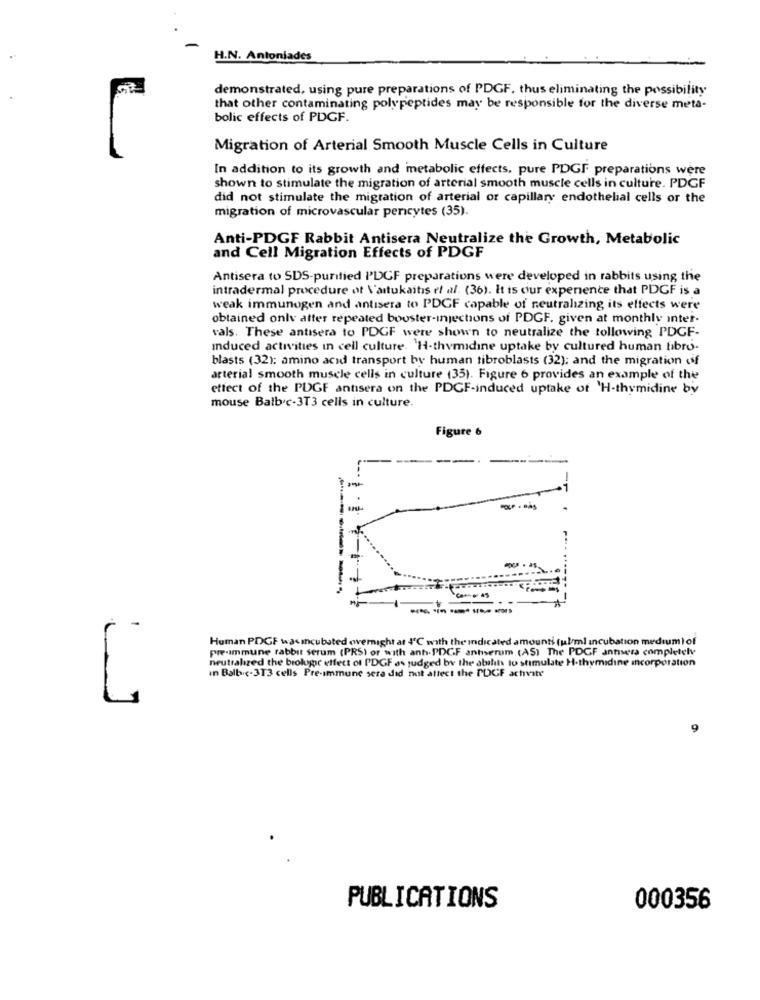
H.N. Antoniades
demonstrated, using pure preparations of PDGF. thus eliminating the possibility
that other contaminating polypeptides may be responsible for the diverse meta-
bolic effects of PDGF.
Migration of Arterial Smooth Muscle Cells in Culture
In addition to its growth and metabolic effects, pure PDGF preparations were
shown to stimulate the migration of arterial smooth muscle cells in culture. PDGF
did not stimulate the migration of arterial or capillary endothelial cells or the
migration of microvascular percytes (35).
Anti-PDGF Rabbit Antisera Neutralize the Growth, Metabolic
and Cell Migration Effects of PDGF
Antisera to SDS-purified I'DCF preparations were developed in rabbits using the
intradermal procedure of Vantukaits et al. (36). It is our experience that PDGF is a
weak immunogen and antisera to PDGF capable of neutralizing its effects were
obtained only atter repeated booster-injections of PDGF. given at monthly inter-
vals. These antisera to PDGF were shown to neutralize the following PDGF-
Induced activities in cell culture. 'H-thymidine uptake by cultured human fibro-
blasts (32): amino acid transport by human fibroblasts (32); and the migration cif
arterial smooth muscle cells in culture (35). Figure 6 provides an example of the
effect of the PDGF antisera on the PDGF-induced uptake of 'H-thymidine by
mouse Balb.c-3T3 cells in culture.
Figure 6
-con- 45
------
Human PDGF was incubated overnight at 4℃ with the indicated amounti (ul/m) incubation medium) of
pre-immune rabbit serum (PRS) or with anh.PDCF anherum (AS) The PDGF annsera completely
neutralized the brolugt effect of PDGF as judged by the ability to stimulate H-thymidine incorporation
in Balbic-313 cells Pre-immune sera did not attect the PDGF achivite
9
PUBLICATIONS
000356